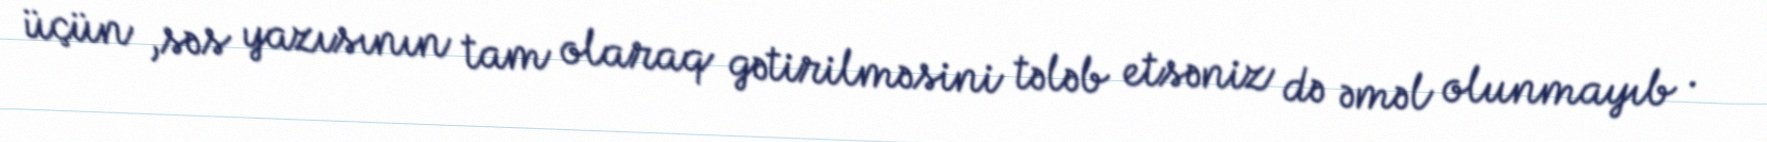
üçün ,səs yazısının tam olaraq gətirilməsini tələb etsəniz də əməl olunmayıb .